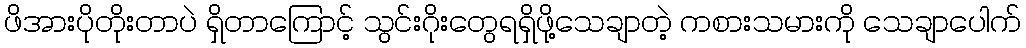
ဖိအားပိုတိုးတာပဲ ရှိတာကြောင့် သွင်းဂိုးတွေရရှိဖို့သေချာတဲ့ ကစားသမားကို သေချာပေါက်